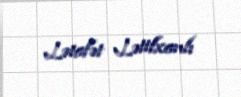
Lətafət Lətifxanlı